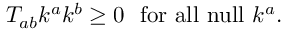
T _ { a b } k ^ { a } k ^ { b } \geq 0 ~ ~ \mathrm { f o r ~ a l l ~ n u l l } ~ k ^ { a } .